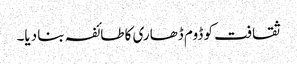
ثقافت کو ڈوم ڈھاری کا طائفہ بنا دیا۔